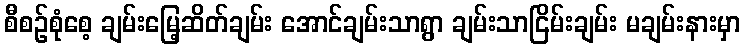
စီစဉ်စုံစေ့ ချမ်းမြေ့ဆိတ်ချမ်း အောင်ချမ်းသာရွာ ချမ်းသာငြိမ်းချမ်း မချမ်းနားမှာ